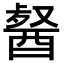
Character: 𮠯